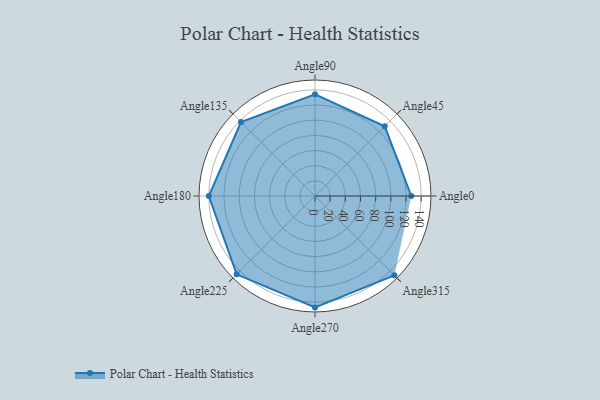
{"axis": {"x": "Angle", "y": "Radius"}, "legend": [""], "data": [{"x": "Angle0", "y": 127.0, "type": ""}, {"x": "Angle45", "y": 130.0, "type": ""}, {"x": "Angle90", "y": 134.0, "type": ""}, {"x": "Angle135", "y": 138.0, "type": ""}, {"x": "Angle180", "y": 140.0, "type": ""}, {"x": "Angle225", "y": 146.0, "type": ""}, {"x": "Angle270", "y": 147.0, "type": ""}, {"x": "Angle315", "y": 148.0, "type": ""}]}